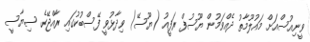
ވީނިއުސްއަށް މައުލޫމާތު ދެއްވަމުން ޔޫސުފް ރަފީއު (ޔޫސޭ) ވިދާޅުވީ ފޭސްބުކުގައި ރާއްޖޭގެ ސިޔާސީ